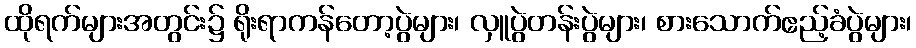
ထိုရက်များအတွင်း၌ ရိုးရာကန်တော့ပွဲများ၊ လှူပွဲတန်းပွဲများ၊ စားသောက်ဧည့်ခံပွဲများ၊